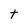
Character: t